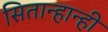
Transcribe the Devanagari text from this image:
सितान्हान्ही